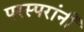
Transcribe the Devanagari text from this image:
परस्परांनी